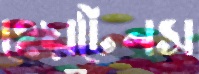
হেয়টেনস